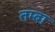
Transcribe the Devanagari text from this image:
तम्बा